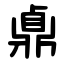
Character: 鼑